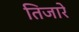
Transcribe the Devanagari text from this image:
तिजारे